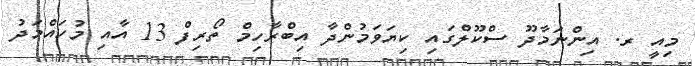
މިއީ ރ. އިންނަމާދޫ ސްކޫލްގައި ކިޔަވަމުންދާ އިބްރާހިމް ތޯރިފް 13 އާއި މުހައްމަދު